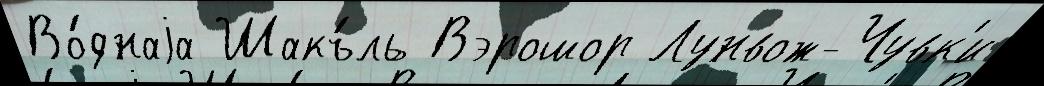
Во́днаjа Шакъ́ль Вэрошор Лунвож-Чувк'и